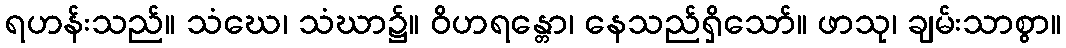
ရဟန်းသည်။ သံဃေ၊ သံဃာ၌။ ဝိဟရန္တော၊ နေသည်ရှိသော်။ ဖာသု၊ ချမ်းသာစွာ။